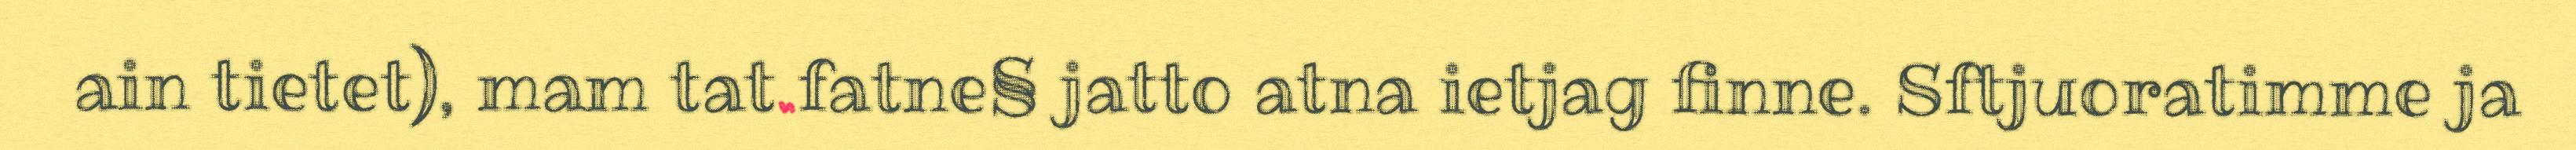
ain tietet), mam tat fatne§ jatto atna ietjag finne. Sftjuoratimme ja